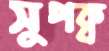
সুপক্ব